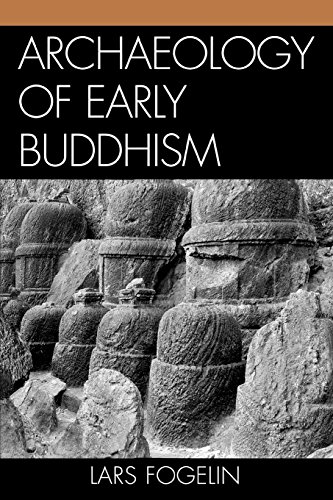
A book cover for Archaeology of Early Buddhism (Archaeology of Religion); Lars Fogelin; Religion & Spirituality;